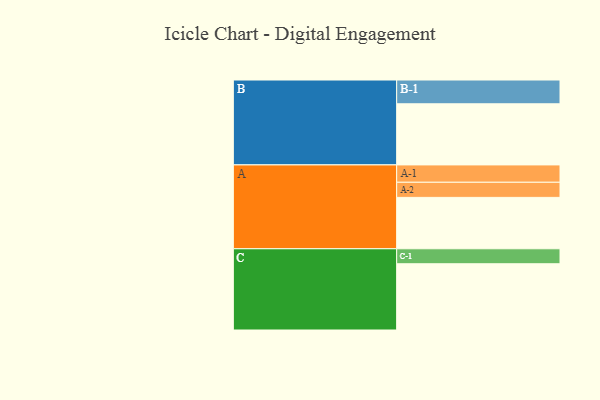
{"axis": {"x": "Segment", "y": "Value"}, "legend": ["", "A", "B", "C"], "data": [{"x": "A", "y": 391, "type": ""}, {"x": "B", "y": 465, "type": ""}, {"x": "C", "y": 504, "type": ""}, {"x": "A-1", "y": 132, "type": "A"}, {"x": "A-2", "y": 115, "type": "A"}, {"x": "B-1", "y": 181, "type": "B"}, {"x": "C-1", "y": 114, "type": "C"}]}